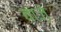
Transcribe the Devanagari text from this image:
वाज़े